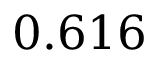
0 . 6 1 6